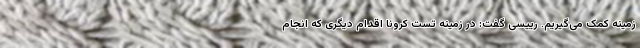
زمینه کمک می‌گیریم. رییسی گفت: در زمینه تست کرونا اقدام دیگری که انجام